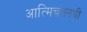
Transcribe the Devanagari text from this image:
आत्मिचंतनथी